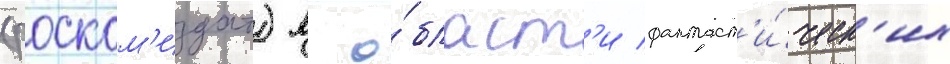
(роском'издат) в о́бласт'и фантаст'и́ческ'их